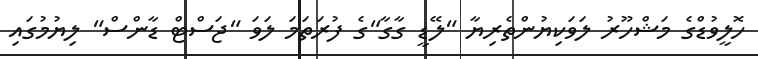
ހޮލީވުޑްގެ މަޝްހޫރު ލަވަކިޔުންތެރިޔާ "ލޭޑީ ގާގާ"ގެ ފުރަތަމަ ލަވަ "ޖަސްޓް ޑާންސް" ލިޔުމުގައި